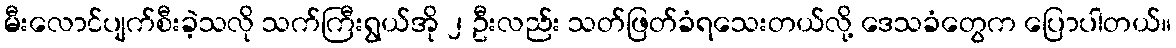
မီးလောင်ပျက်စီးခဲ့သလို သက်ကြီးရွယ်အို ၂ ဦးလည်း သတ်ဖြတ်ခံရသေးတယ်လို့ ဒေသခံတွေက ပြောပါတယ်။